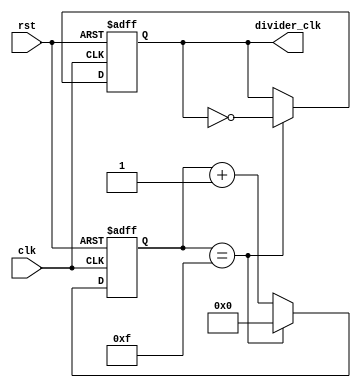
module ripple_counter_clock_divider (
    input wire clk,
    input wire rst,
    output reg divider_clk
);

reg [3:0] counter;

always @(posedge clk or posedge rst) begin
    if (rst) begin
        counter <= 4'b0000;
        divider_clk <= 1'b0;
    end else begin
        if (counter == 4'b1111) begin
            counter <= 4'b0000;
            divider_clk <= ~divider_clk;
        end else begin
            counter <= counter + 1;
        end
    end
end

endmodule